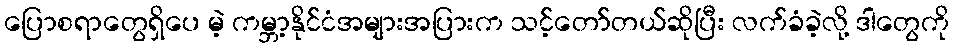
ပြောစရာတွေရှိပေ မဲ့ ကမ္ဘာ့နိုင်ငံအများအပြားက သင့်တော်တယ်ဆိုပြီး လက်ခံခဲ့လို့ ဒါတွေကို